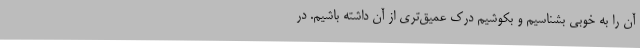
آن را به خوبی بشناسیم و بکوشیم درک عمیق‌تری از آن داشته باشیم. در